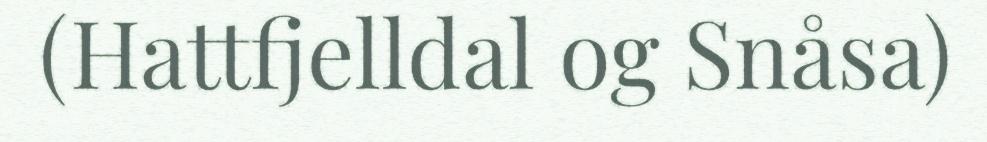
(Hattfjelldal og Snåsa)